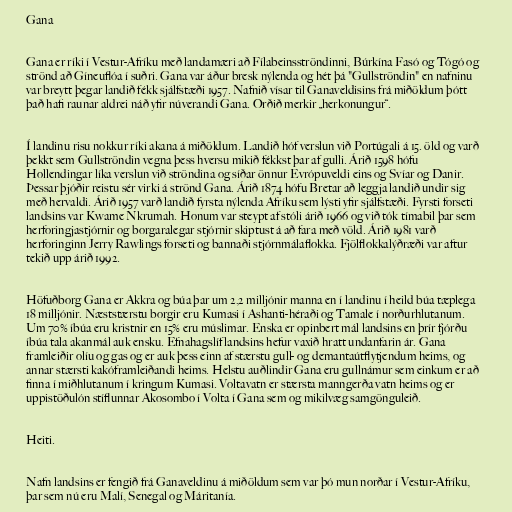
Gana

Gana er ríki í Vestur-Afríku með landamæri að Fílabeinsströndinni, Búrkína Fasó og Tógó og
strönd að Gíneuflóa í suðri. Gana var áður bresk nýlenda og hét þá "Gullströndin" en nafninu
var breytt þegar landið fékk sjálfstæði 1957. Nafnið vísar til Ganaveldisins frá miðöldum þótt
það hafi raunar aldrei náð yfir núverandi Gana. Orðið merkir „herkonungur“.

Í landinu risu nokkur ríki akana á miðöldum. Landið hóf verslun við Portúgali á 15. öld og varð
þekkt sem Gullströndin vegna þess hversu mikið fékkst þar af gulli. Árið 1598 hófu
Hollendingar líka verslun við ströndina og síðar önnur Evrópuveldi eins og Svíar og Danir.
Þessar þjóðir reistu sér virki á strönd Gana. Árið 1874 hófu Bretar að leggja landið undir sig
með hervaldi. Árið 1957 varð landið fyrsta nýlenda Afríku sem lýsti yfir sjálfstæði. Fyrsti forseti
landsins var Kwame Nkrumah. Honum var steypt af stóli árið 1966 og við tók tímabil þar sem
herforingjastjórnir og borgaralegar stjórnir skiptust á að fara með völd. Árið 1981 varð
herforinginn Jerry Rawlings forseti og bannaði stjórnmálaflokka. Fjölflokkalýðræði var aftur
tekið upp árið 1992.

Höfuðborg Gana er Akkra og búa þar um 2,2 milljónir manna en í landinu í heild búa tæplega
18 milljónir. Næststærstu borgir eru Kumasi í Ashanti-héraði og Tamale í norðurhlutanum.
Um 70% íbúa eru kristnir en 15% eru múslimar. Enska er opinbert mál landsins en þrír fjórðu
íbúa tala akanmál auk ensku. Efnahagslíf landsins hefur vaxið hratt undanfarin ár. Gana
framleiðir olíu og gas og er auk þess einn af stærstu gull- og demantaútflytjendum heims, og
annar stærsti kakóframleiðandi heims. Helstu auðlindir Gana eru gullnámur sem einkum er að
finna í miðhlutanum í kringum Kumasi. Voltavatn er stærsta manngerða vatn heims og er
uppistöðulón stíflunnar Akosombo í Volta í Gana sem og mikilvæg samgönguleið.

Heiti.

Nafn landsins er fengið frá Ganaveldinu á miðöldum sem var þó mun norðar í Vestur-Afríku,
þar sem nú eru Malí, Senegal og Máritanía.